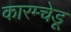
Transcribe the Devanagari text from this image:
कारम्चेडू